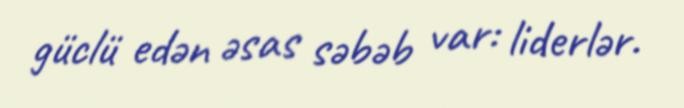
güclü edən əsas səbəb var: liderlər.